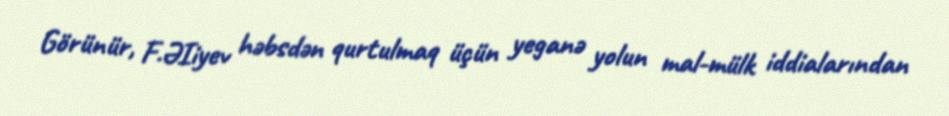
Görünür, F.ƏIiyev həbsdən qurtulmaq üçün yeganə yolun mal-mülk iddialarından